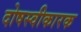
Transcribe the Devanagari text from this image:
दोषस्वीकारक